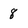
Character: 8